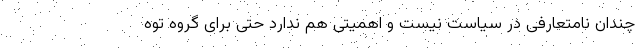
چندان نامتعارفی در سیاست نیست و اهمیتی هم ندارد حتی برای گروه توه